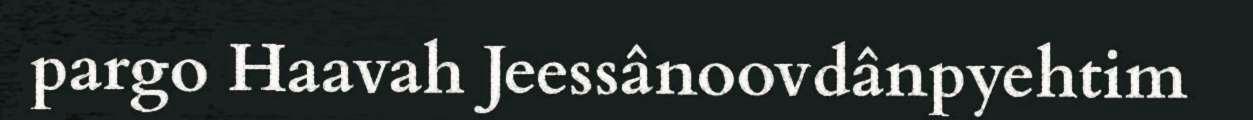
pargo Haavah Jeessânoovdânpyehtim